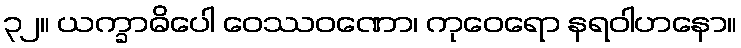
၃၂။ ယက္ခာဓိပေါ ဝေဿဝဏော၊ ကုဝေရော နရဝါဟနော။